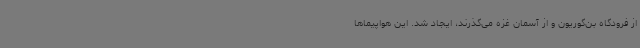
از فرودگاه بن‌گوریون و از آسمان غزه می‌گذرند، ایجاد شد. این هواپیماها